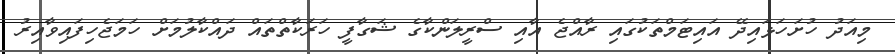
މިއަދު ހުށަހަޅައިދޭ އައިޓަމްތަކުގައި ރާއްޖެ އާއި ސްރީލަންކާގެ ޝަގާފީ ހަރަކާތްތައް ދައްކާލުމަށް ހަމަޖެހިފައިވާއިރު